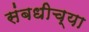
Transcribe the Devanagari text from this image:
संबधीच्या